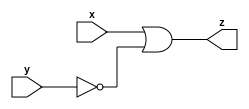
module mt2015_q4(
  input x,
  input y,
  output z
);

  assign z = x|~y;

endmodule